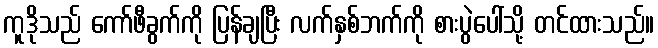
ကူဒိုသည် ကော်ဖီခွက်ကို ပြန်ချပြီး လက်နှစ်ဘက်ကို စားပွဲပေါ်သို့ တင်ထားသည်။